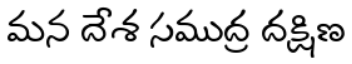
మన దేశ సముద్ర దక్షిణ